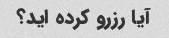
آیا رزرو کرده اید؟